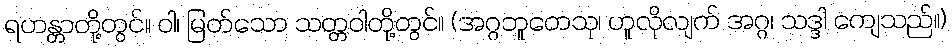
ရဟန္တာတို့တွင်။ ဝါ၊ မြတ်သော သတ္တဝါတို့တွင်။ (အဂ္ဂဘူတေသု၊ ဟူလိုလျက် အဂ္ဂ၊ သဒ္ဒါ ကျေသည်။)